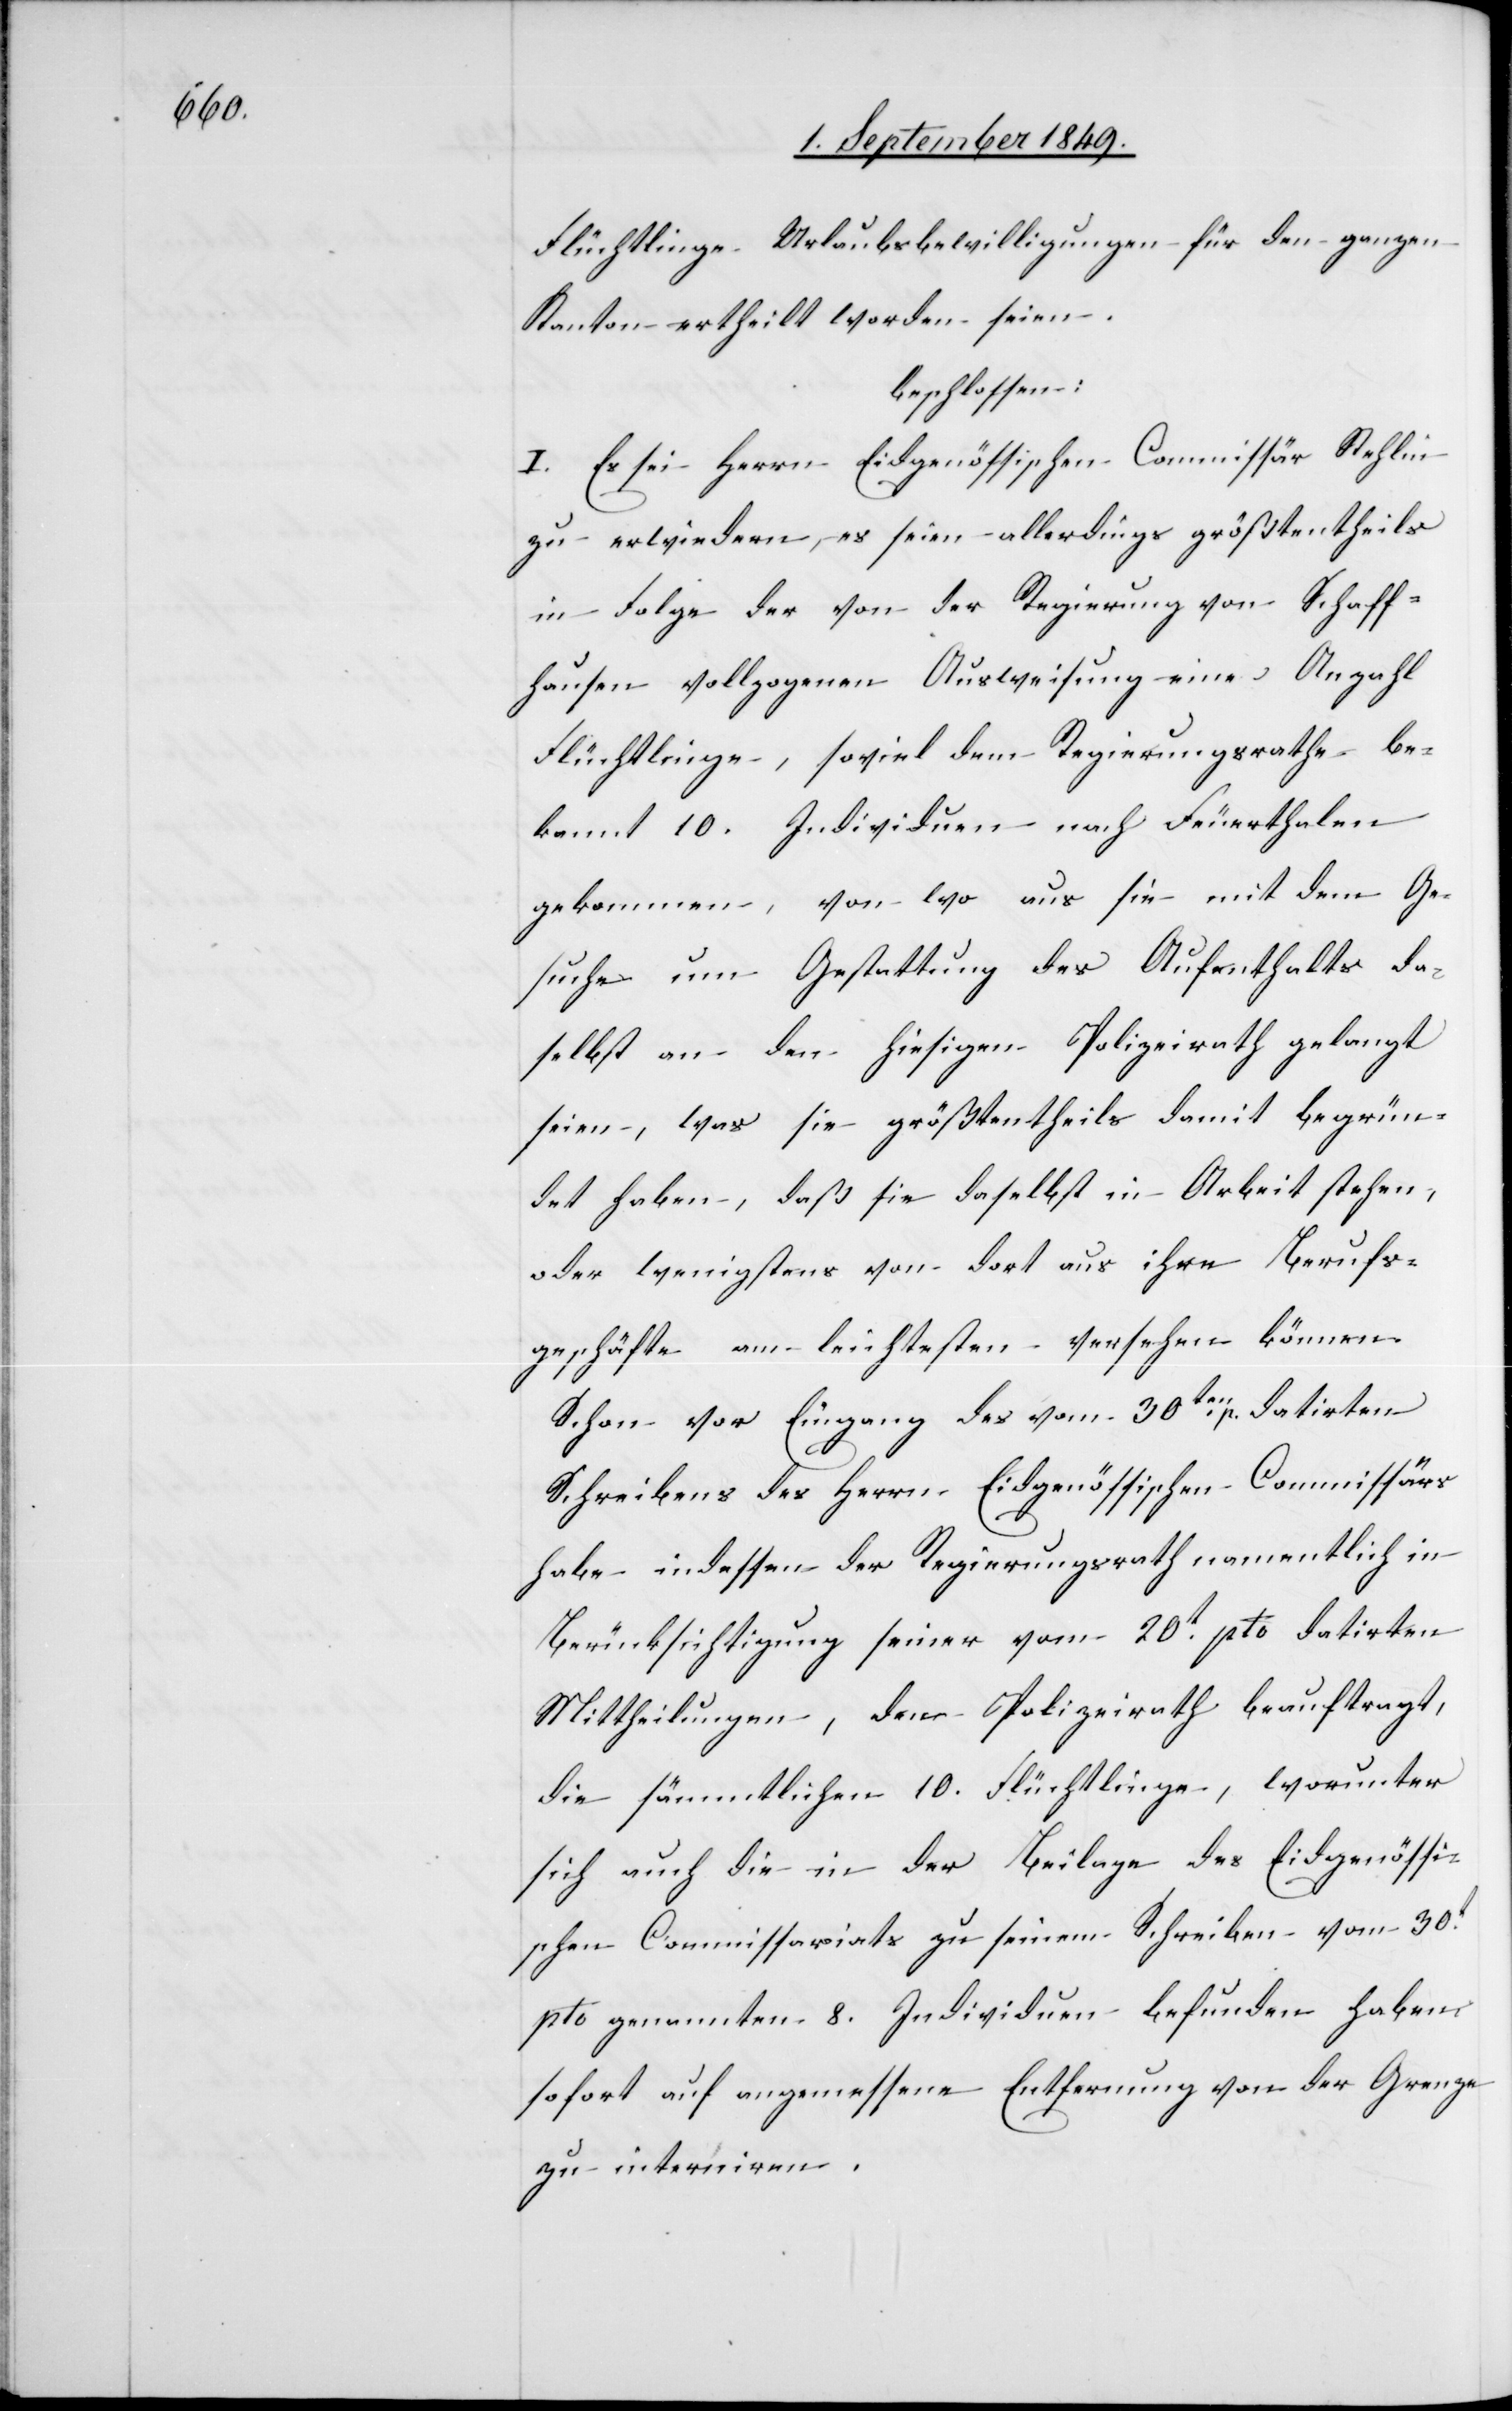
Flüchtlinge Urlaubsbewilligungen für den ganzen
Kanton ertheilt worden seien.
beschlossen:
I. Es sei Herrn Eidgenössischen Commissär Stehlin
zu erwiedern, es seien allerdings größtentheils
in Folge der von der Regierung von Schaff¬
hausen vollzogenen Ausweisung eine Anzahl
Flüchtlinge, soviel dem Regierungsrathe be¬
kannt 10. Individuen nach Feuerthalen
gekommen, von wo aus sie mit dem Ge¬
suche um Gestattung des Aufenthalts da¬
selbst an den hiesigen Polizeirath gelangt
seien, was sie größtentheils damit begrün¬
det haben, daß sie daselbst in Arbeit stehen,
oder wenigstens von dort aus ihre Berufs¬
geschäfte am leichtesten versehen können.
Schon vor Eingang des vom 30ten p. datirten
Schreibens des Herrn Eidgenössischen Commissärs
habe indessen der Regierungsrath namentlich in
Berücksichtigung seiner vom 20t pto datirten
Mittheilungen, den Polizeirath beauftragt,
die sämmtlichen 10. Flüchtlinge, worunter
sich auch die in der Beilage des Eidgenössi¬
schen Commissariats zu seinem Schreiben vom 30t
pto genannten 8. Individuen befunden haben
sofort auf angemessene Entfernung von der Grenze
zu interniren.